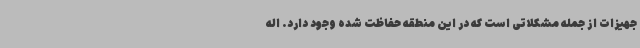
جهیزات از جمله مشکلاتی است که در این منطقه حفاظت شده وجود دارد. اله